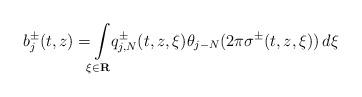
LaTeX: \begin{align*} b ^ \pm _ j ( t , z ) = \! \! \int \limits _ { \xi \in \mathbf R } \! \! q ^ \pm _ { j , N } ( t , z , \xi ) \theta _ { j - N } ( 2 \pi \sigma ^ \pm ( t , z , \xi ) ) \, d \xi\end{align*}